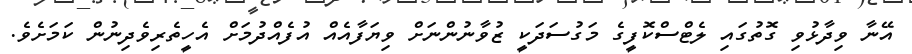
އޭނާ ވިދާޅުވި ގޮތުގައި ލެޓްސްކޮފީގެ މަގުސަދަކީ ޒުވާނުންނަށް ވިޔަފާއެއް އުފެއްދުމަަށް އެހީތެރިވެދިނުން ކަމަށެވެ.